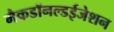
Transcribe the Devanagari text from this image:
मैकडॉनल्डईजेशन